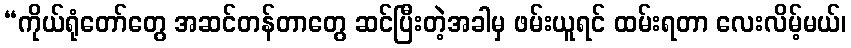
“ကိုယ်ရုံတော်တွေ အဆင်တန်တာတွေ ဆင်ပြီးတဲ့အခါမှ ဖမ်းယူရင် ထမ်းရတာ လေးလိမ့်မယ်၊